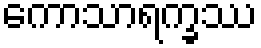
ကောသာရက္ခဿ